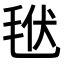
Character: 𣭩